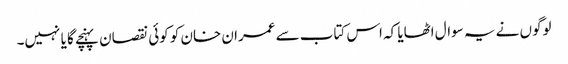
لوگوں نے یہ سوال اٹھایا کہ اس کتاب سے عمران خان کو کوئی نقصان پہنچے گا یا نہیں۔